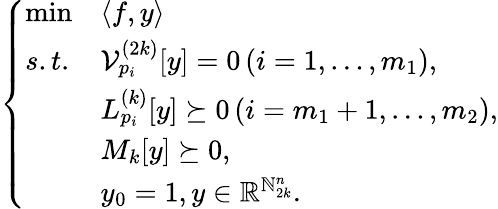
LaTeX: \left\{ \begin{array}{lll}{\operatorname*{min}}&{\langle f,y\rangle}\\ {s.t.}&{\mathcal{V}_{p_{i}}^{(2k)}[y]=0\, (i=1,\ldots,m_{1}),}\\ &{L_{p_{i}}^{(k)}[y]\succeq 0\, (i=m_{1}+1,\ldots,m_{2}),}\\ &{M_{k}[y]\succeq 0,}\\ &{y_{0}=1,y\in\mathbb{R}^{\mathbb{N}_{2k}^{n}}.}\end{array}\right.